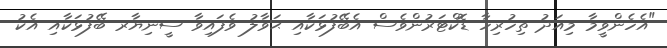
"އެހެންވީމާ މިއަދު ތިހުރިހާ ޑޮކްޓަރުންވެސް އެބޭފުޅަކާއި ޙަވާލު ވެފައިވާ ސީނިޔާރ ބޭފުޅަކާއި އެކު